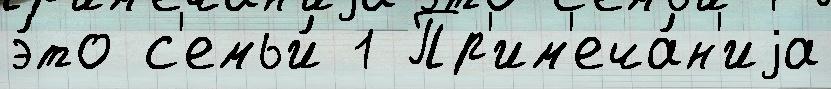
э́то с'емьи́ 1 Пр'им'еча́н'иjа